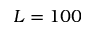
L = 1 0 0